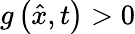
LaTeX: g\left({\hat{x}},t\right)>0